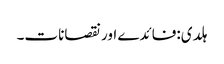
ہلدی:فائدے اور نقصانات۔